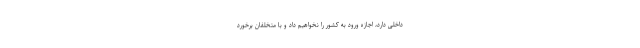
داخلی دارد، اجازه ورود به کشور را نخواهیم داد و با متخلفان برخورد